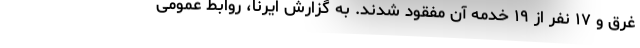
غرق و ۱۷ نفر از ۱۹ خدمه آن مفقود شدند. به گزارش ایرنا، روابط عمومی